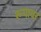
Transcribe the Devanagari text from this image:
रूपावर